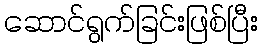
ဆောင်ရွက်ခြင်းဖြစ်ပြီး